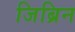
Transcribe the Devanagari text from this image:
जिब्रिन